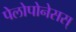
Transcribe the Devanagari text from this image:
पेलोपोनेसस्